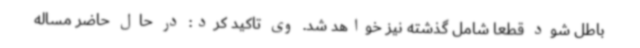
باطل شود قطعا شامل گذشته نیز خواهد شد. وی تاکید کرد: در حال حاضر مساله